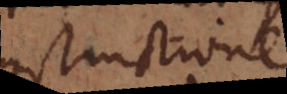
constructione